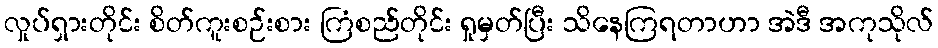
လှုပ်ရှားတိုင်း စိတ်ကူးစဉ်းစား ကြံစည်တိုင်း ရှုမှတ်ပြီး သိနေကြရတာဟာ အဲဒီ အကုသိုလ်